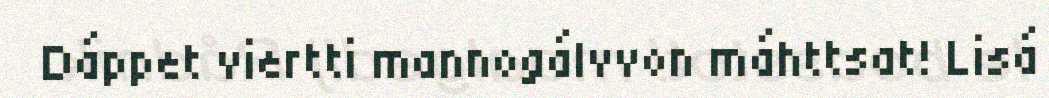
Dáppet viertti mannogálvvon máhttsat! Lisá